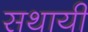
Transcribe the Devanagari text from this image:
सथायी